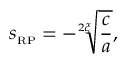
s _ { \scriptscriptstyle { \mathrm { R P } } } = - \sqrt [ 2 \xi ] { \frac { c } { a } } ,